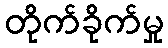
တိုက်ခိုက်မှု